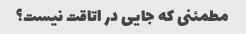
مطمئنی که جایی در اتاقت نیست؟